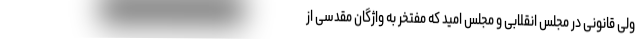
ولی قانونی در مجلس انقلابی و مجلس امید که مفتخر به واژگان مقدسی از